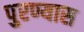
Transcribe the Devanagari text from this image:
पुरण्यास